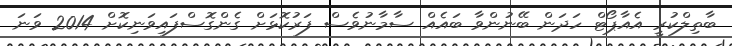
ބާތިލްކުރީ އެއާޕޯޓް ހަދަން ބޭނުންވާ ބައެއް ސާމާނުވެސް ފަރުކޮޅަށް ގެންގޮސްފައިވަނިކޮށް 2014 ވަނަ